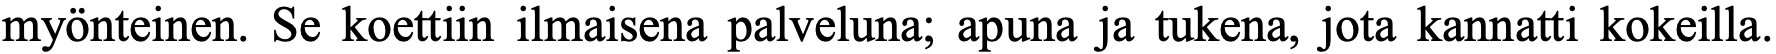
myönteinen. Se koettiin ilmaisena palveluna; apuna ja tukena, jota kannatti kokeilla.